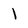
Character: l